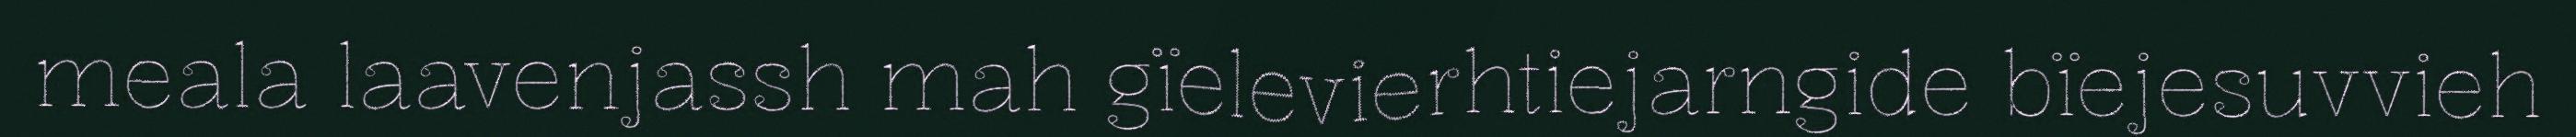
meala laavenjassh mah gïelevierhtiejarngide bïejesuvvieh